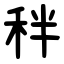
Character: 秚